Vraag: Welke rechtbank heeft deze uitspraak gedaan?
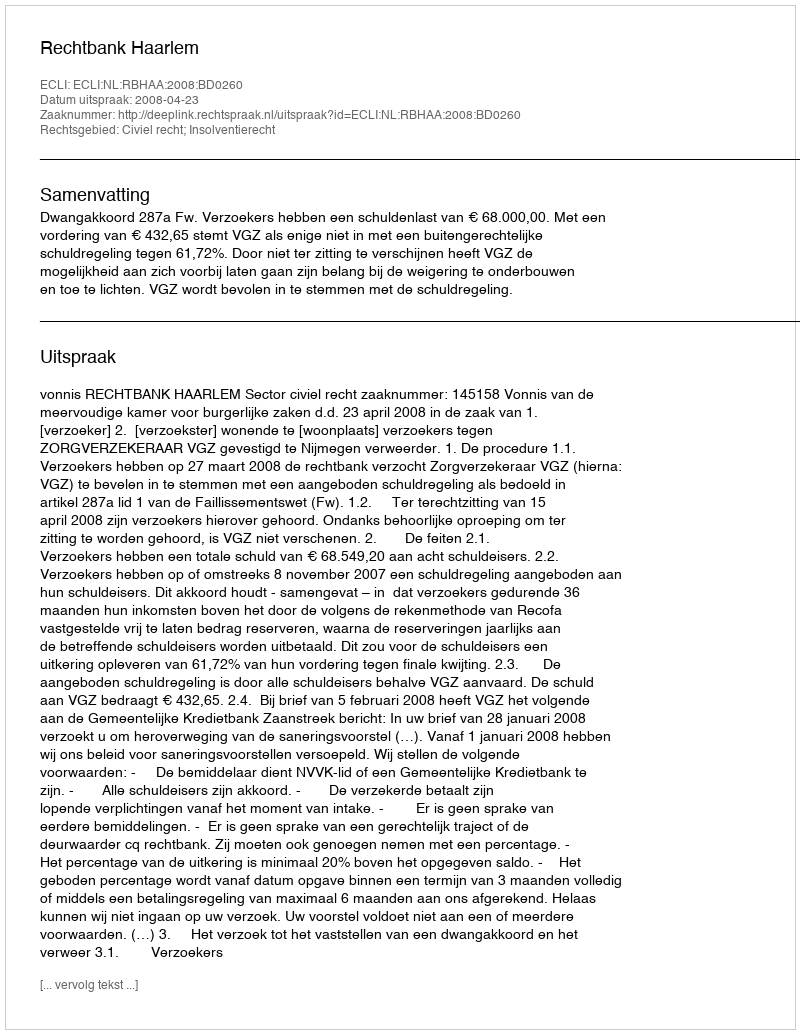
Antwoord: Rechtbank Haarlem